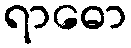
ရာဓော